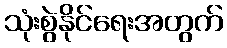
သုံးစွဲနိုင်ရေးအတွက်